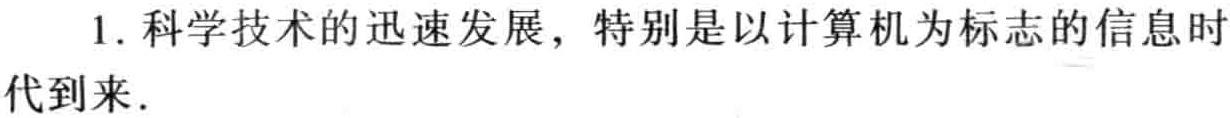
1. 科学技术的迅速发展，特别是以计算机为标志的信息时代到来.